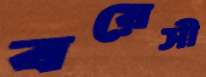
বয়েসী